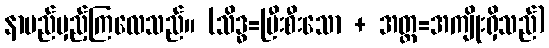
နာမည်မှည့်ကြလေသည်။ (သိဒ္ဓ=ပြီးစီးသော + အတ္ထ=အကျိုးရှိသည်)